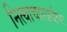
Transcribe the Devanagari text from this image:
नित्याचारप्रदीपः